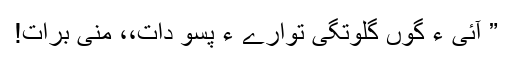
” آئی ءَ گوں گلوتگی توارے ءَ پسو دات،، منی برات!